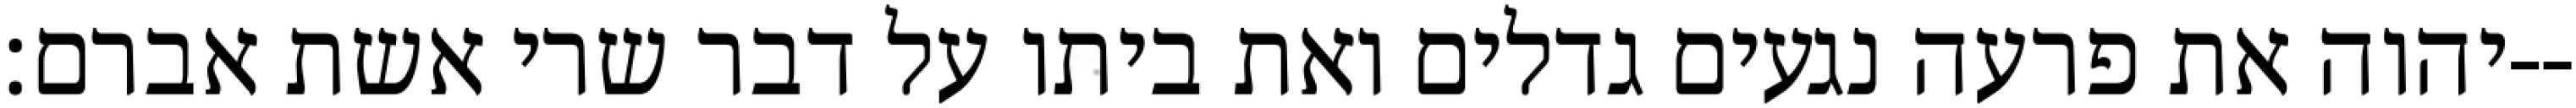
יהוה את פרעה נגעים גדלים ואת ביתו על דבר שרי אשת אברם׃--